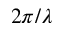
2 \pi / \lambda